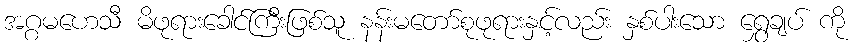
အဂ္ဂမဟေသီ မိဖုရားခေါင်ကြီးဖြစ်သူ နန်းမတော်စုဖုရားနှင့်လည်း နှစ်ပါးသော ရွှေချပ် ကို